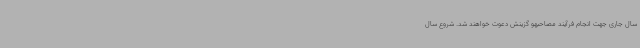
سال جاری جهت انجام فرآیند مصاحبهو گزینش دعوت خواهند شد. شروع سال